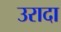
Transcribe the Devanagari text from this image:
उरादा